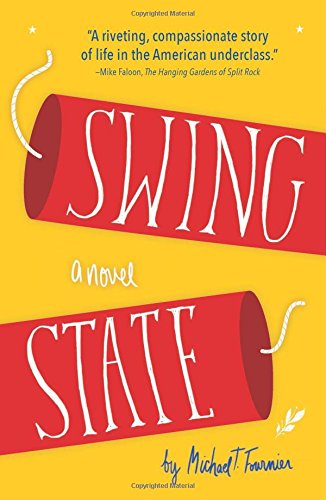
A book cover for Swing State: A Novel; Michael T. Fournier; Literature & Fiction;